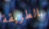
بالطريقة